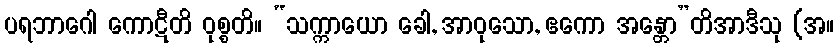
ပရဘာဂေါ ကောဋီတိ ဝုစ္စတိ။ “သက္ကာယော ခေါ, အာဝုသော, ဧကော အန္တော”တိအာဒီသု (အ။